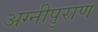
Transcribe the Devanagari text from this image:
अग्नीपुराण